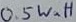
Text: 0.5Watt